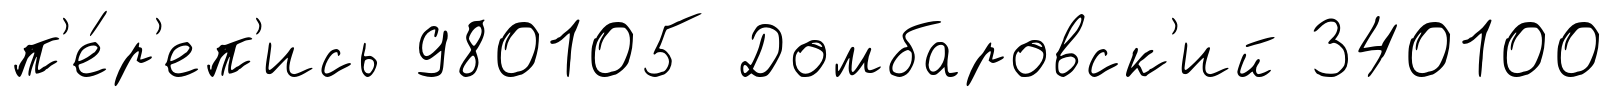
п'е́р'еп'ись 980105 Домбаровск'ий 340100